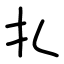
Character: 扎